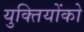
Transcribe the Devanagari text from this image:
युक्तियोंको